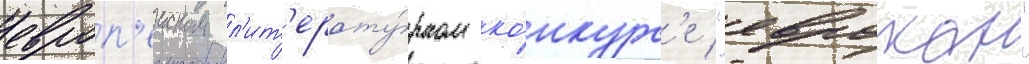
европ'еиском л'ит'ерату́рном ко́нкурс'е "еврокон"